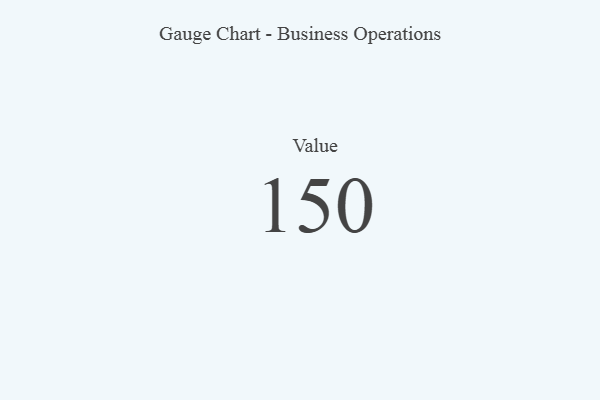
{"axis": {"x": "Metric", "y": "Value"}, "legend": [""], "data": [{"x": "Value", "y": 150, "type": ""}]}